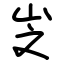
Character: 㞫